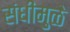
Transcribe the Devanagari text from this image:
संधींमुळे